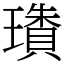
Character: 璳